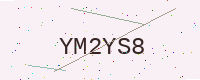
Text: YM2YS8